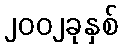
၂၀၀၂ခုနှစ်